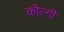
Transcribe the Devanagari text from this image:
कौल्गी